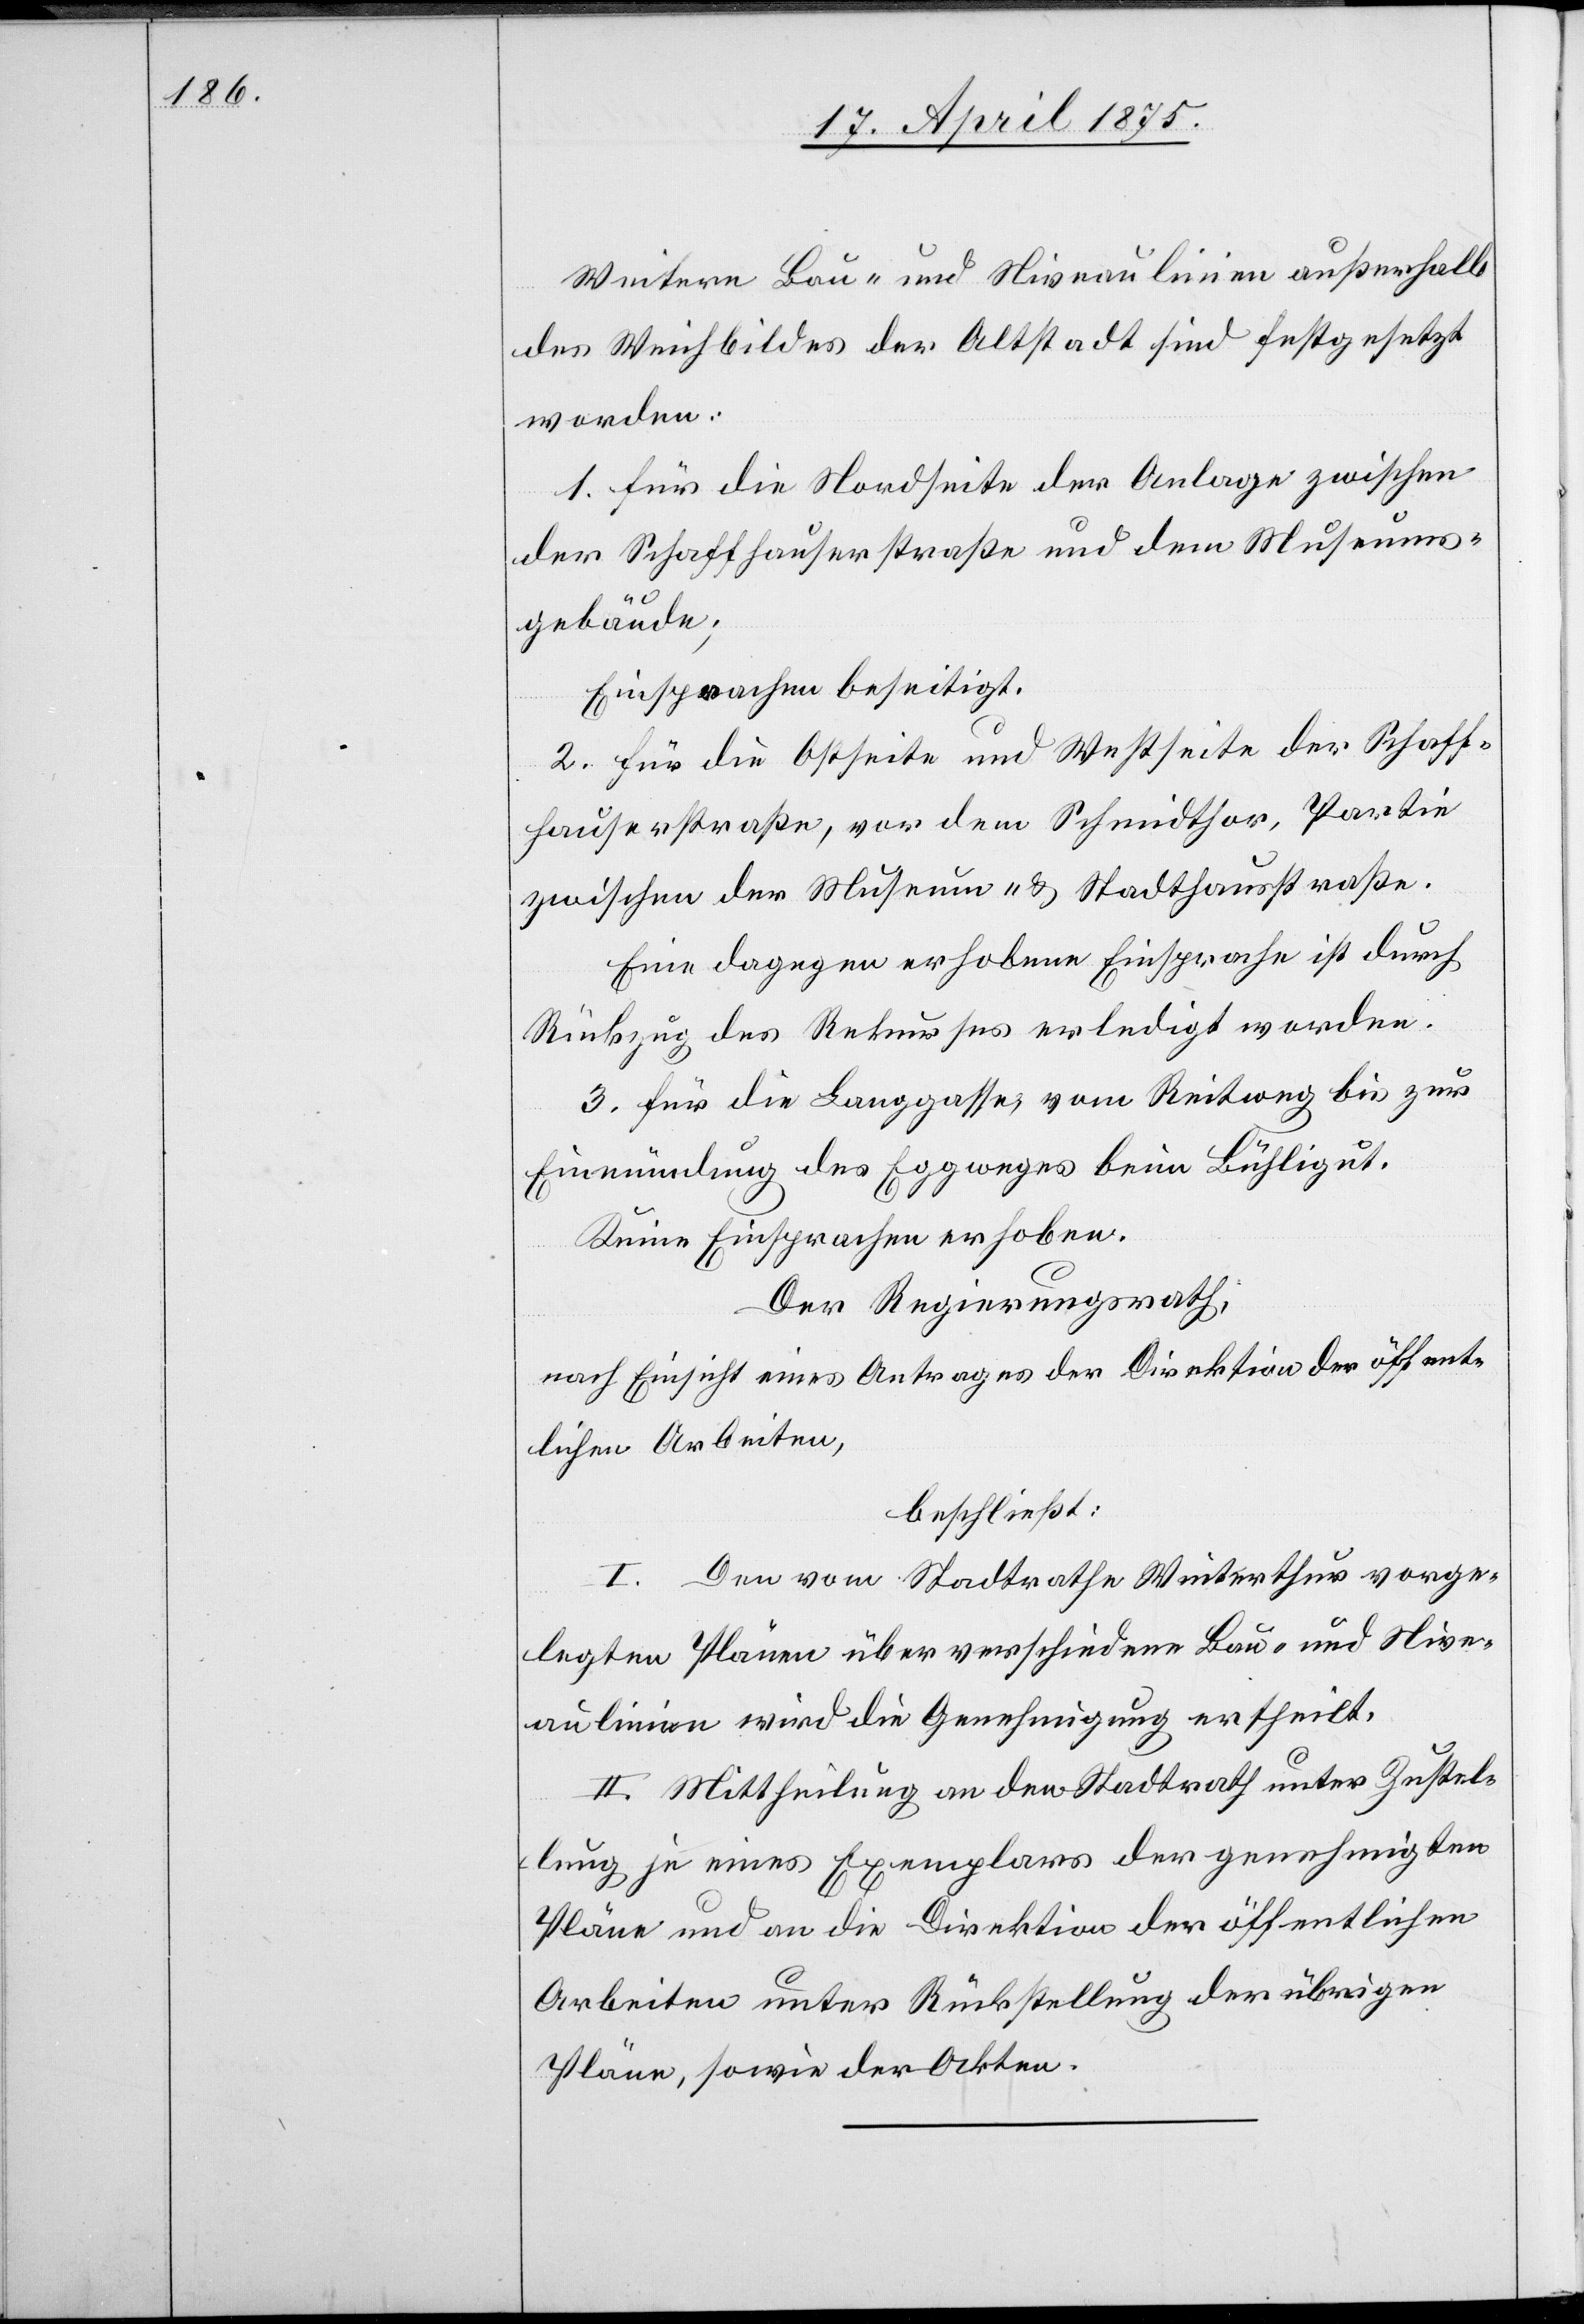
Weitere Bau- und Niveaulinien außerhalb
des Weichbildes der Altstadt sind festgesetzt
worden:
1. für die Nordseite der Anlage zwischen
der Schaffhauserstraße und dem Museums¬
gebäude;
Einsprachen beseitigt.
2. für die Ostseite und Westseite der Schaff¬
hauserstraße, vor dem Schmidtthor, Partie
zwischen der Museum- & Stadthausstraße.
Eine dagegen erhobene Einsprache ist durch
Rückzug des Rekurses erledigt worden.
3. für die Baugasse, vom Reitweg bis zur
Einmündung des Eggweges beim Bühligut.
Keine Einsprache erhoben.
Der Regierungsrath,
nach Einsicht eines Antrages der Direktion der öffent¬
lichen Arbeiten,
beschließt:
I. Den vom Stadtrathe Winterthur vorge¬
legten Plänen über verschiedene Bau- und Nive¬
aulinien wird die Genehmigung ertheilt.
II. Mittheilung an den Stadtrath unter Zustel¬
lung je eines Exemplares der genehmigten
Pläne und an die Direktion der öffentlichen
Arbeiten unter Rückstellung der übrigen
Pläne, sowie der Akten.